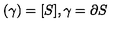
( \gamma ) = [ S ] , \gamma = \partial S